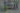
الشكل